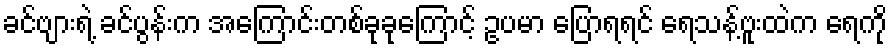
ခင်ဗျားရဲ့ ခင်ပွန်းက အကြောင်းတစ်ခုခုကြောင့် ဥပမာ ပြောရရင် ရေသန့်ဗူးထဲက ရေကို